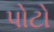
પોટો